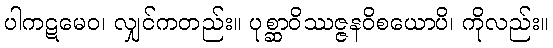
ပါကဋမေဝ၊ လျှင်ကတည်း။ ပုစ္ဆာဝိဿဇ္ဇနဝိစယောပိ၊ ကိုလည်း။